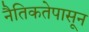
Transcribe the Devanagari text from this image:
नैतिकतेपासून